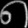
Digit: ၈